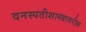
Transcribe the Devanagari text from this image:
वनस्पतीशास्त्रावरील